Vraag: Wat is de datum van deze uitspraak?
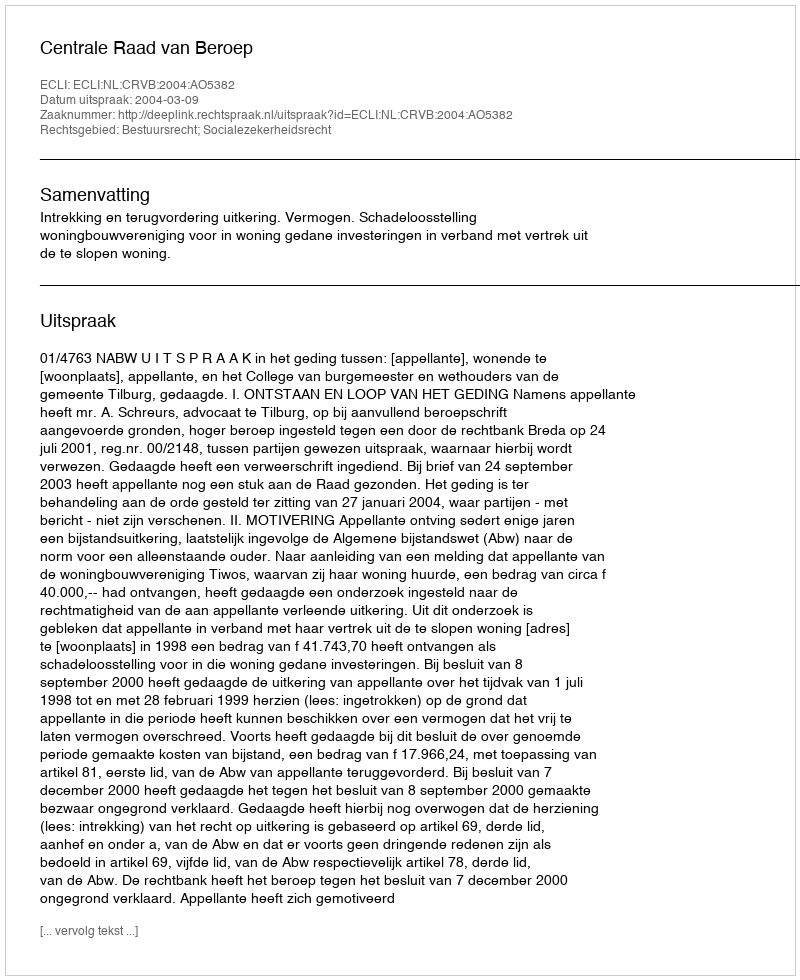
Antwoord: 2004-03-09